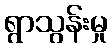
ရွာသွန်းမှု